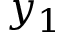
y _ { 1 }